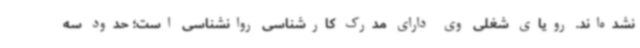
نشده‌اند. رویای شغلی وی دارای مدرک کارشناسی روانشناسی است؛ حدود سه